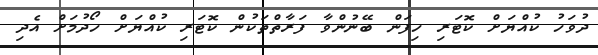
ދުވަހު ކުއްޔަށް ކޮޓަރި ހިފަން ބޭނުންވާ ފަރާތްތަކުން ކޮޓަރި ކުއްޔަށް ހޯދުމަށް އެދި